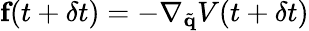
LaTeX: \textbf{f}(t+\delta t)=-\nabla_{\tilde{\mathbf{q}}}V(t+\delta t)